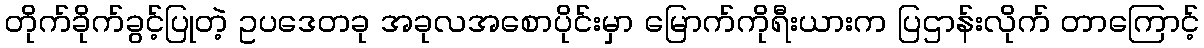
တိုက်ခိုက်ခွင့်ပြုတဲ့ ဥပဒေတခု အခုလအစောပိုင်းမှာ မြောက်ကိုရီးယားက ပြဌာန်းလိုက် တာကြောင့်